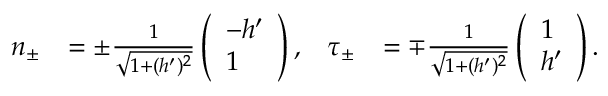
\begin{array} { r l r l } { n _ { \pm } } & { = \pm \frac { 1 } { \sqrt { 1 + ( h ^ { \prime } ) ^ { 2 } } } \left( \begin{array} { l } { - h ^ { \prime } } \\ { 1 } \end{array} \right) , } & { \tau _ { \pm } } & { = \mp \frac { 1 } { \sqrt { 1 + ( h ^ { \prime } ) ^ { 2 } } } \left( \begin{array} { l } { 1 } \\ { h ^ { \prime } } \end{array} \right) . } \end{array}